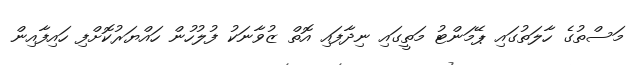
މަސްތުގެ ހާލަތުގައި ޕޭމަންޓު މަތީގައި ނިދާފައި އޮތް ޒުވާނަކު ފުލުހުން ހައްޔަރުކޮށްފި ހައިފާއިން